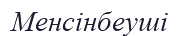
Менсінбеуші